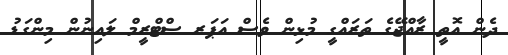
ދެން އޮތީ ރާއްޖޭގެ ތަރައްގީ މުޅިން ވެސް އަޕަރ ސްޓްރީމް ލައިނުން މިންގަޑު